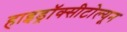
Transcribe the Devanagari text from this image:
हाइड्रॉक्सीटोल्यून